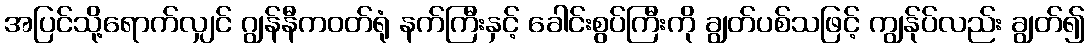
အပြင်သို့ရောက်လျှင် ဂျွန်နီကဝတ်ရုံ နက်ကြီးနှင့် ခေါင်းစွပ်ကြီးကို ချွတ်ပစ်သဖြင့် ကျွန်ုပ်လည်း ချွတ်၍